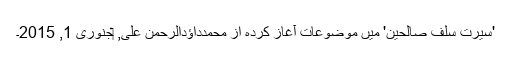
'سیرت سلف صالحین' میں موضوعات آغاز کردہ از محمدداؤدالرحمن علی, ‏جنوری 1, 2015۔